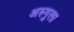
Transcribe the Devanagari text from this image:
अरुगुला